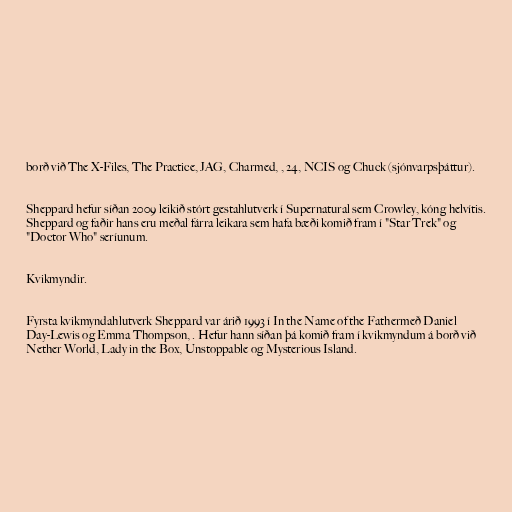
borð við The X-Files, The Practice, JAG, Charmed, , 24, NCIS og Chuck (sjónvarpsþáttur).

Sheppard hefur síðan 2009 leikið stórt gestahlutverk í Supernatural sem Crowley, kóng helvítis.
Sheppard og faðir hans eru meðal fárra leikara sem hafa bæði komið fram í "Star Trek" og
"Doctor Who" seríunum.

Kvikmyndir.

Fyrsta kvikmyndahlutverk Sheppard var árið 1993 í In the Name of the Fathermeð Daniel
Day-Lewis og Emma Thompson, . Hefur hann síðan þá komið fram í kvikmyndum á borð við
Nether World, Lady in the Box, Unstoppable og Mysterious Island.